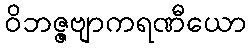
ဝိဘဇ္ဇဗျာကရဏီယော